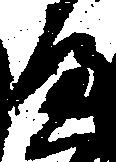
屋